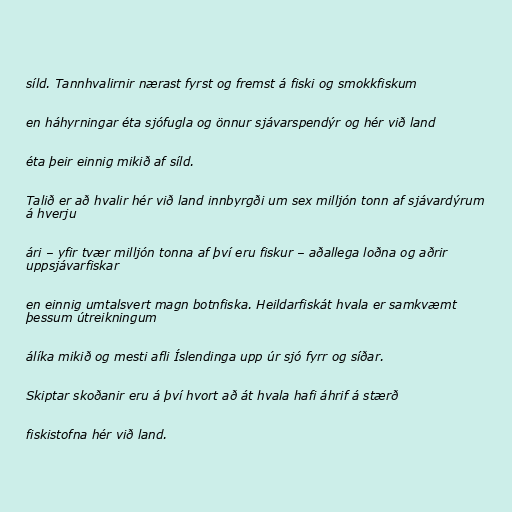
síld. Tannhvalirnir nærast fyrst og fremst á fiski og smokkfiskum

en háhyrningar éta sjófugla og önnur sjávarspendýr og hér við land

éta þeir einnig mikið af síld.

Talið er að hvalir hér við land innbyrgði um sex milljón tonn af sjávardýrum
á hverju

ári – yfir tvær milljón tonna af því eru fiskur – aðallega loðna og aðrir
uppsjávarfiskar

en einnig umtalsvert magn botnfiska. Heildarfiskát hvala er samkvæmt
þessum útreikningum

álíka mikið og mesti afli Íslendinga upp úr sjó fyrr og síðar.

Skiptar skoðanir eru á því hvort að át hvala hafi áhrif á stærð

fiskistofna hér við land.